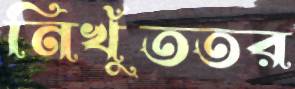
নিখুঁততর